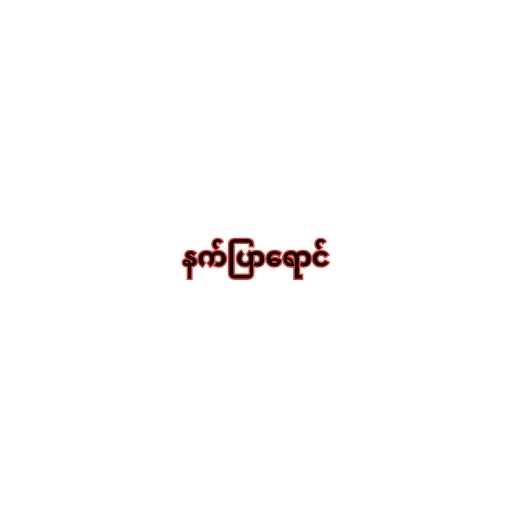
နက်ပြာရောင်